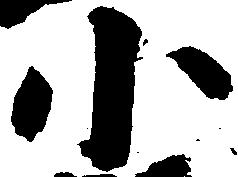
小